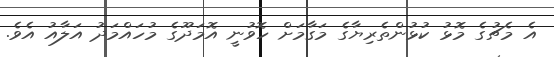
އެ މެޗުގެ މޮޅު ކުޅުންތެރިޔާގެ މަގާމަށް ހޮވުނީ އޮމަދޫގެ މުހައްމަދު އަލާއު އެވެ.